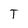
Character: T